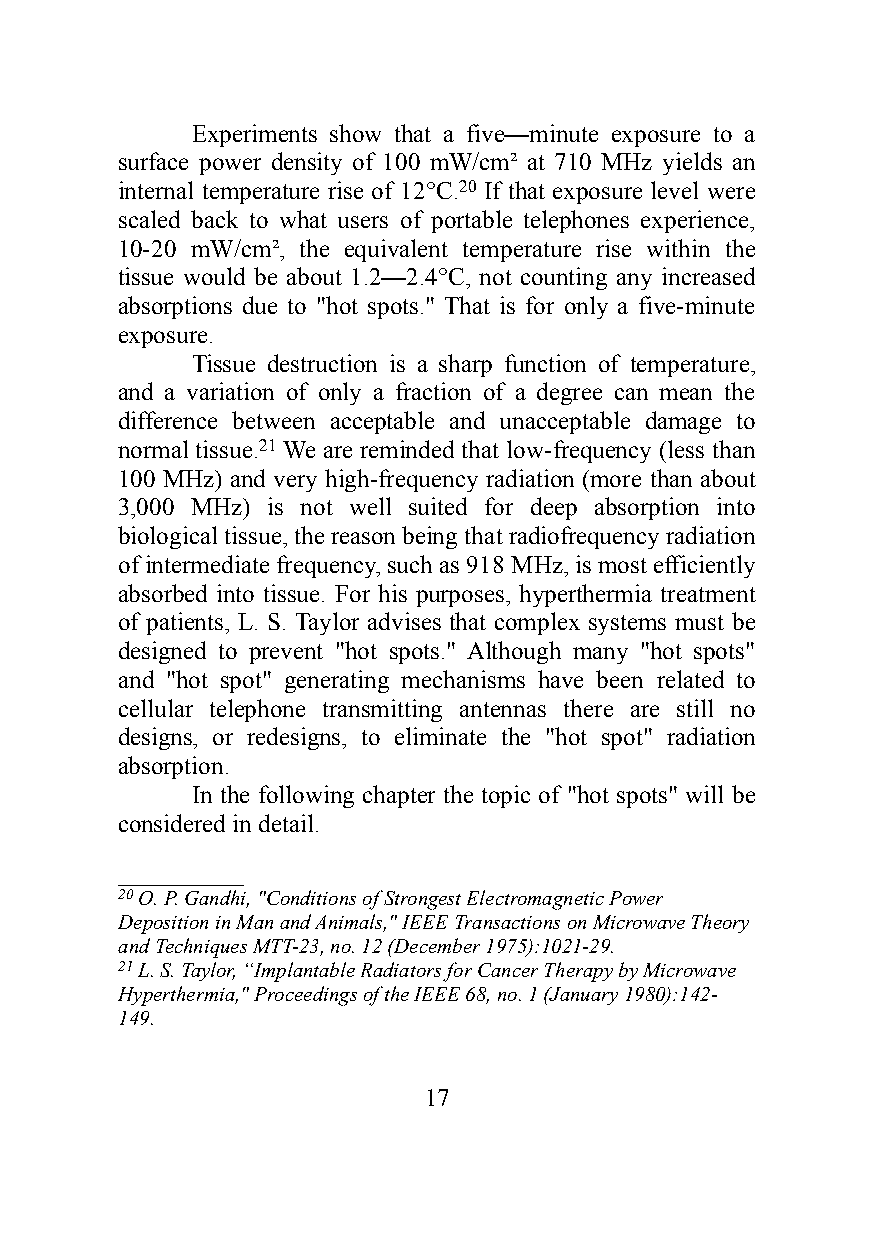
Experiments show that a five—minute exposure to a
 surface power density of 100 mW/cm² at 710 MHz yields an
 internal temperature rise of 12°C.20 If that exposure level were
 scaled back to what users of portable telephones experience,
 10-20 mW/cm², the equivalent temperature rise within the
 tissue would be about 1.2—2.4°C, not counting any increased
 absorptions due to "hot spots." That is for only a five-minute
 exposure.
 Tissue destruction is a sharp function of temperature,
 and a variation of only a fraction of a degree can mean the
 difference between acceptable and unacceptable damage to
 normal tissue.21 We are reminded that low-frequency (less than
 100 MHz) and very high-frequency radiation (more than about
 3,000 MHz) is not well suited for deep absorption into
 biological tissue, the reason being that radiofrequency radiation
 of intermediate frequency, such as 918 MHz, is most efficiently
 absorbed into tissue. For his purposes, hyperthermia treatment
 of patients, L. S. Taylor advises that complex systems must be
 designed to prevent "hot spots." Although many "hot spots"
 and "hot spot" generating mechanisms have been related to
 cellular telephone transmitting antennas there are still no
 designs, or redesigns, to eliminate the "hot spot" radiation
 absorption.
 In the following chapter the topic of "hot spots" will be
 considered in detail.
 ____________
 20 O. P. Gandhi, "Conditions of Strongest Electromagnetic Power
 Deposition in Man and Animals," IEEE Transactions on Microwave Theory
 and Techniques MTT-23, no. 12 (December 1975):1021-29.
 21 L. S. Taylor, “Implantable Radiators for Cancer Therapy by Microwave
 Hyperthermia," Proceedings of the IEEE 68, no. 1 (January 1980):142-
 149.
 17